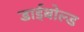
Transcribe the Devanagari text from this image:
डाईबोल्ड